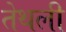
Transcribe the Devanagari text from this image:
तेथली